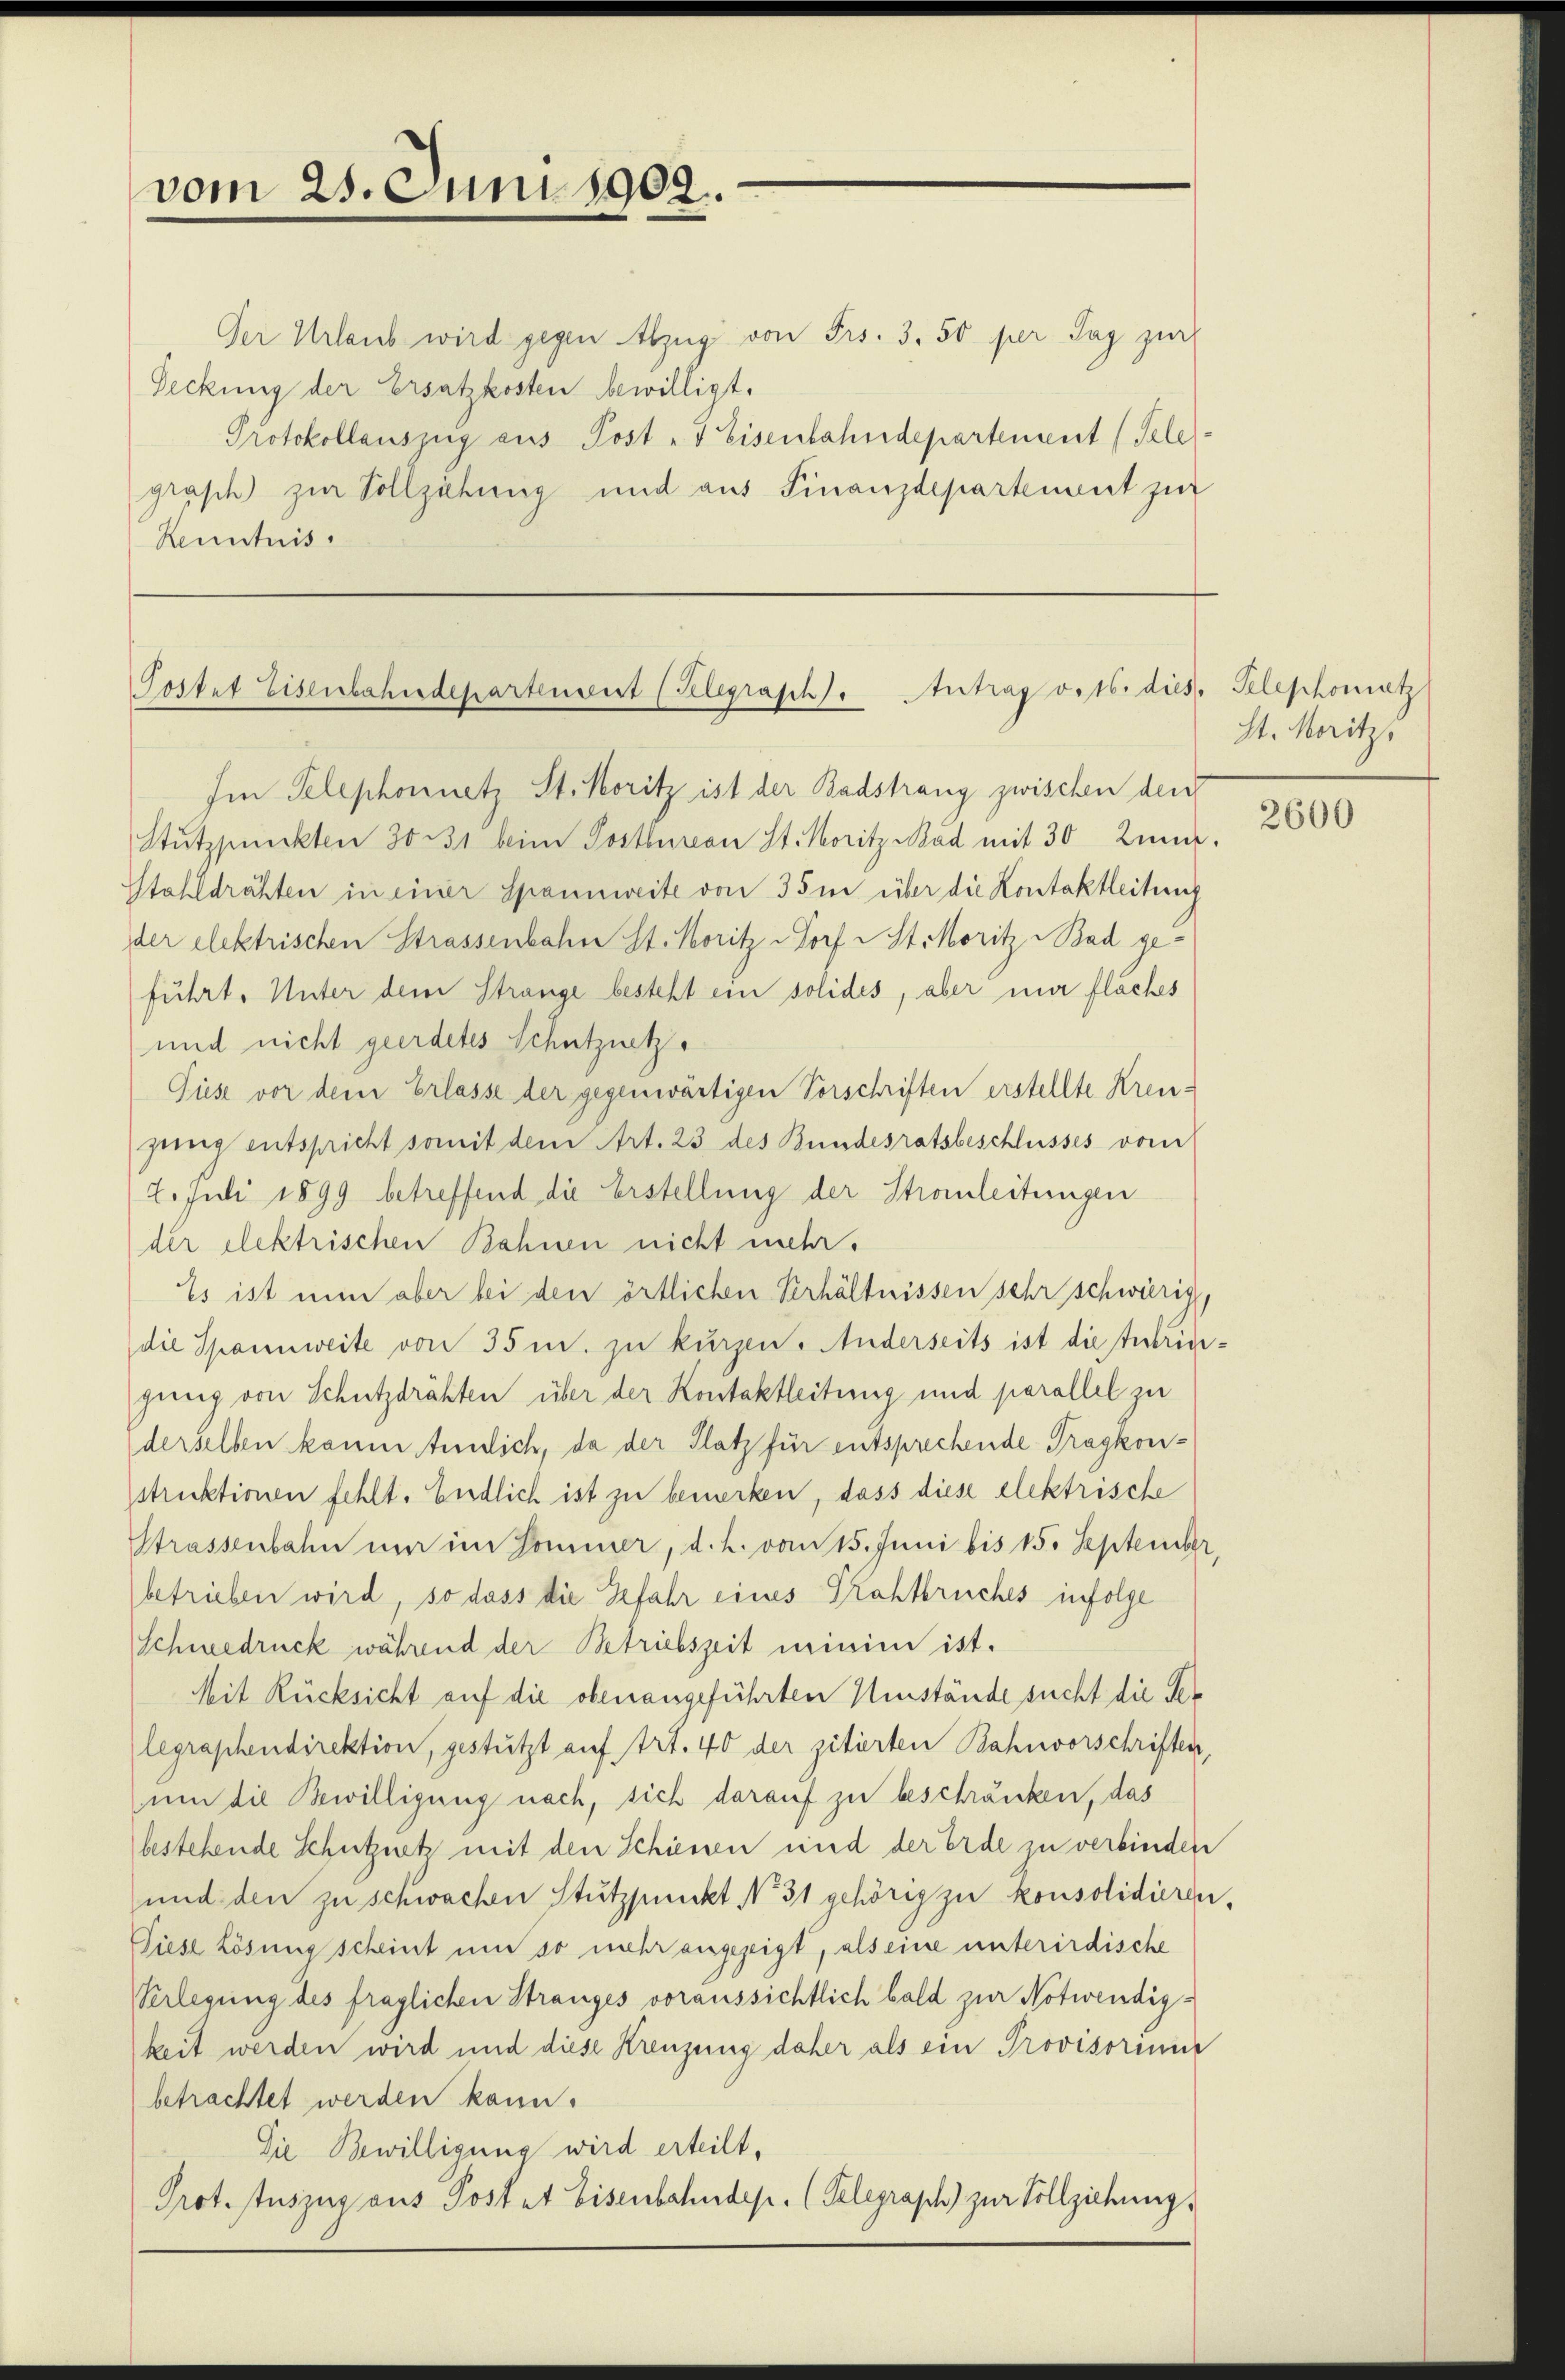
vom 25. Juni 1902.

Der Urlaub wird gegen Abzug von Frs. 3. 50 per Tag zur
Deckung der Ersatzkosten bewilligt.
Protokollauszig aus Post - Eisenbahndepartement (Telegrasch zur Vollziehung und aus Finanzdepartement zur
Kenntnis.

Postet Eisenbahndepartenwert (Klegraph. Antrag orts. dies. Telephonatz

Im Telephonnetz St. Koritz ist der Badstrang zwischen den
Stützpunkten 30. 31 beim Postbureau St. Moritz Mad mit 30 Juni.
Stahldrähten in einer Spannweite von 35 m über die Kontaktleitung
der elektrischen Strassenbahn St. Moritz Dorf St. Moritz Bad geführt. Unter dem Strange besteht ein solides, aber mir fläches
und nicht geerdetes Schutznetze
Püese vor dem Erlasse der gegenwärtigen Vorschriften erstellte Kreugung entspricht somit dem Art. 23 des Bundesratsbeschlusses vom
2. Juli 1899 betreffend die Erstellung der Stronleitungen
der elektrischen Bahnen nicht mehr.
Es ist nun aber bei den örtlichen Verhältnissen sehr schwierige
die Spannweite von 35 m. zu kurzen. Anderseits ist die subringung von Schutzdrähten über der Kontaktleitung und parallel zu
derselben kaum Annlich, da der Platz für entsprechende Tragkonstruktionen fehlt. Endlich ist zu bemerken, dass diese elektrische
Strassenbahn um im Pommer, d. h. vom 15. Juni bis 15. September,
betrieben wird, so dass die Gefahr eines Trattbruches infolge
Schneedruck während der Betriebszeit minim ist.
Mit Rücksicht auf die obenangeführten Umstände sucht die Ver
legraphendirektion, gestützt auf Art. 40 der zitierten Bahnvorschriften,
um die Bewilligung nach, sich darauf zu beschränken, das
bestehende Schutznetz mit den Schienen und der Erde zu verbinden
und den zu schwachen Stützpunkt No 31 gehörig zu konsolidieren,
Diese Lösung scheint um so mehr angezeigt, als eine unterirdische
Verlegung des fraglichen Stranges voraussichtlich bald zur Notwendigkeit werden wird und diese Kreuzung daher als ein Provisorium
betrachtet werden kann.
Die Bewilligung wird erteilt,
Prot. Auszug aus Postet Eisenbahndep. (Telegrasch zur Vollziehung.

St. Moritz

2600